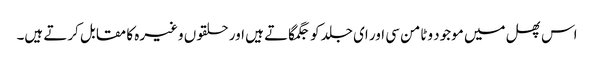
اس پھل میں موجود وٹامن سی اور ای جلد کو جگمگاتے ہیں اور حلقوں وغیرہ کا مقابل کرتے ہیں۔